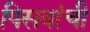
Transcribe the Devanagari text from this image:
पिसवांची